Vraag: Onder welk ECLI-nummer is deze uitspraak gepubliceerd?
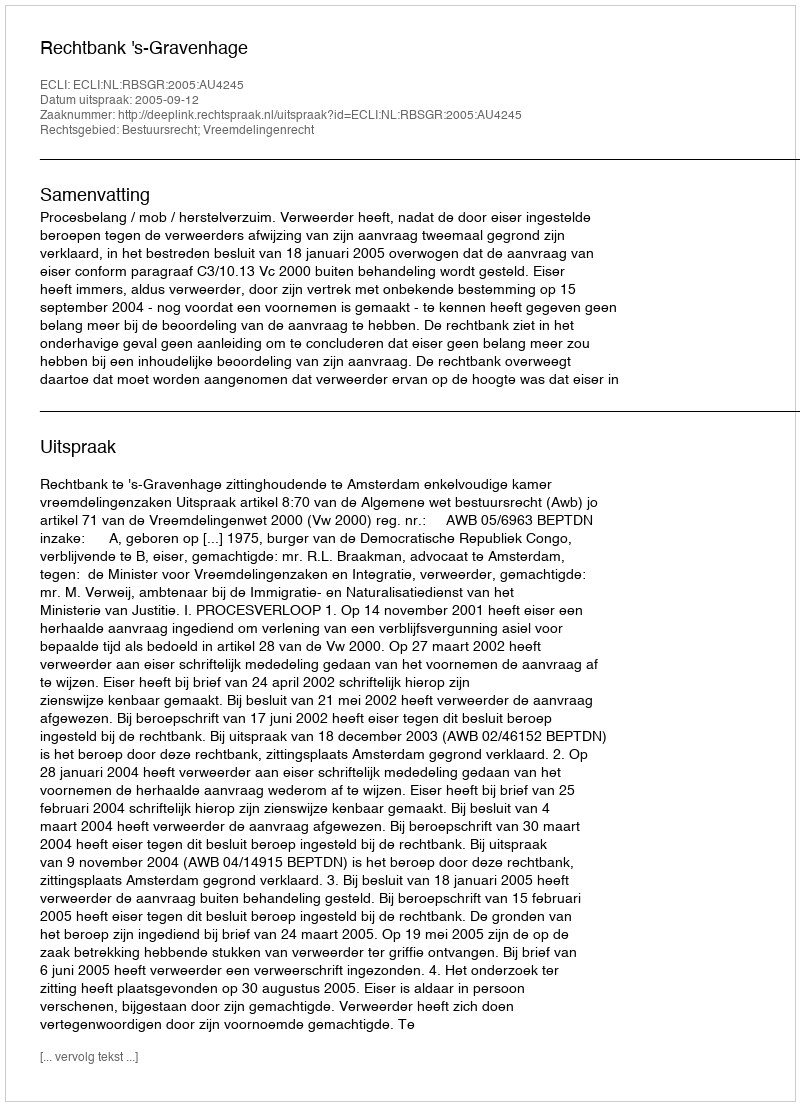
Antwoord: ECLI:NL:RBSGR:2005:AU4245